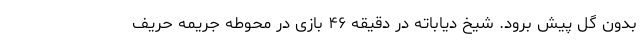
بدون گل پیش برود. شیخ دیاباته در دقیقه ۴۶ بازی در محوطه جریمه حریف